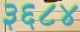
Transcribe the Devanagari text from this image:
३६८४